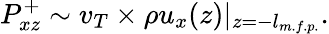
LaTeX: P_{xz}^{+}\sim v_{T}\times\rho u_{x}(z)|_{z=-l_{m.f.p.}}.